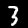
Label: 3